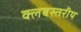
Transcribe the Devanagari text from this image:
क्लबस्तरीय